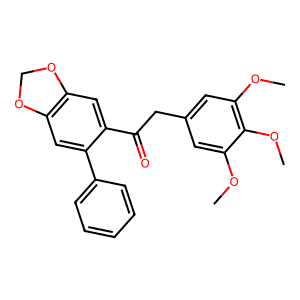
SMILES: COc1cc(CC(=O)c2cc3c(cc2-c2ccccc2)OCO3)cc(OC)c1OC
Inhibits HIV replication: No